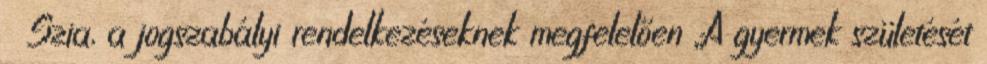
🙂 Szia, a jogszabályi rendelkezéseknek megfelelően „A gyermek születését